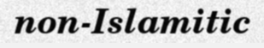
non-Islamitic